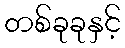
တစ်ခုခုနှင့်